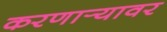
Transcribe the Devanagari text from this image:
करणार्‍यावर